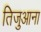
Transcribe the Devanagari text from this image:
तिजुआना